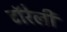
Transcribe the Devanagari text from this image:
टॉरेली